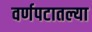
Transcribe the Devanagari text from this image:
वर्णपटातल्या